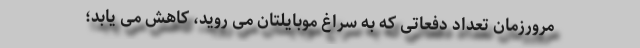
مرورزمان تعداد دفعاتی که به سراغ موبایلتان می روید، کاهش می یابد؛